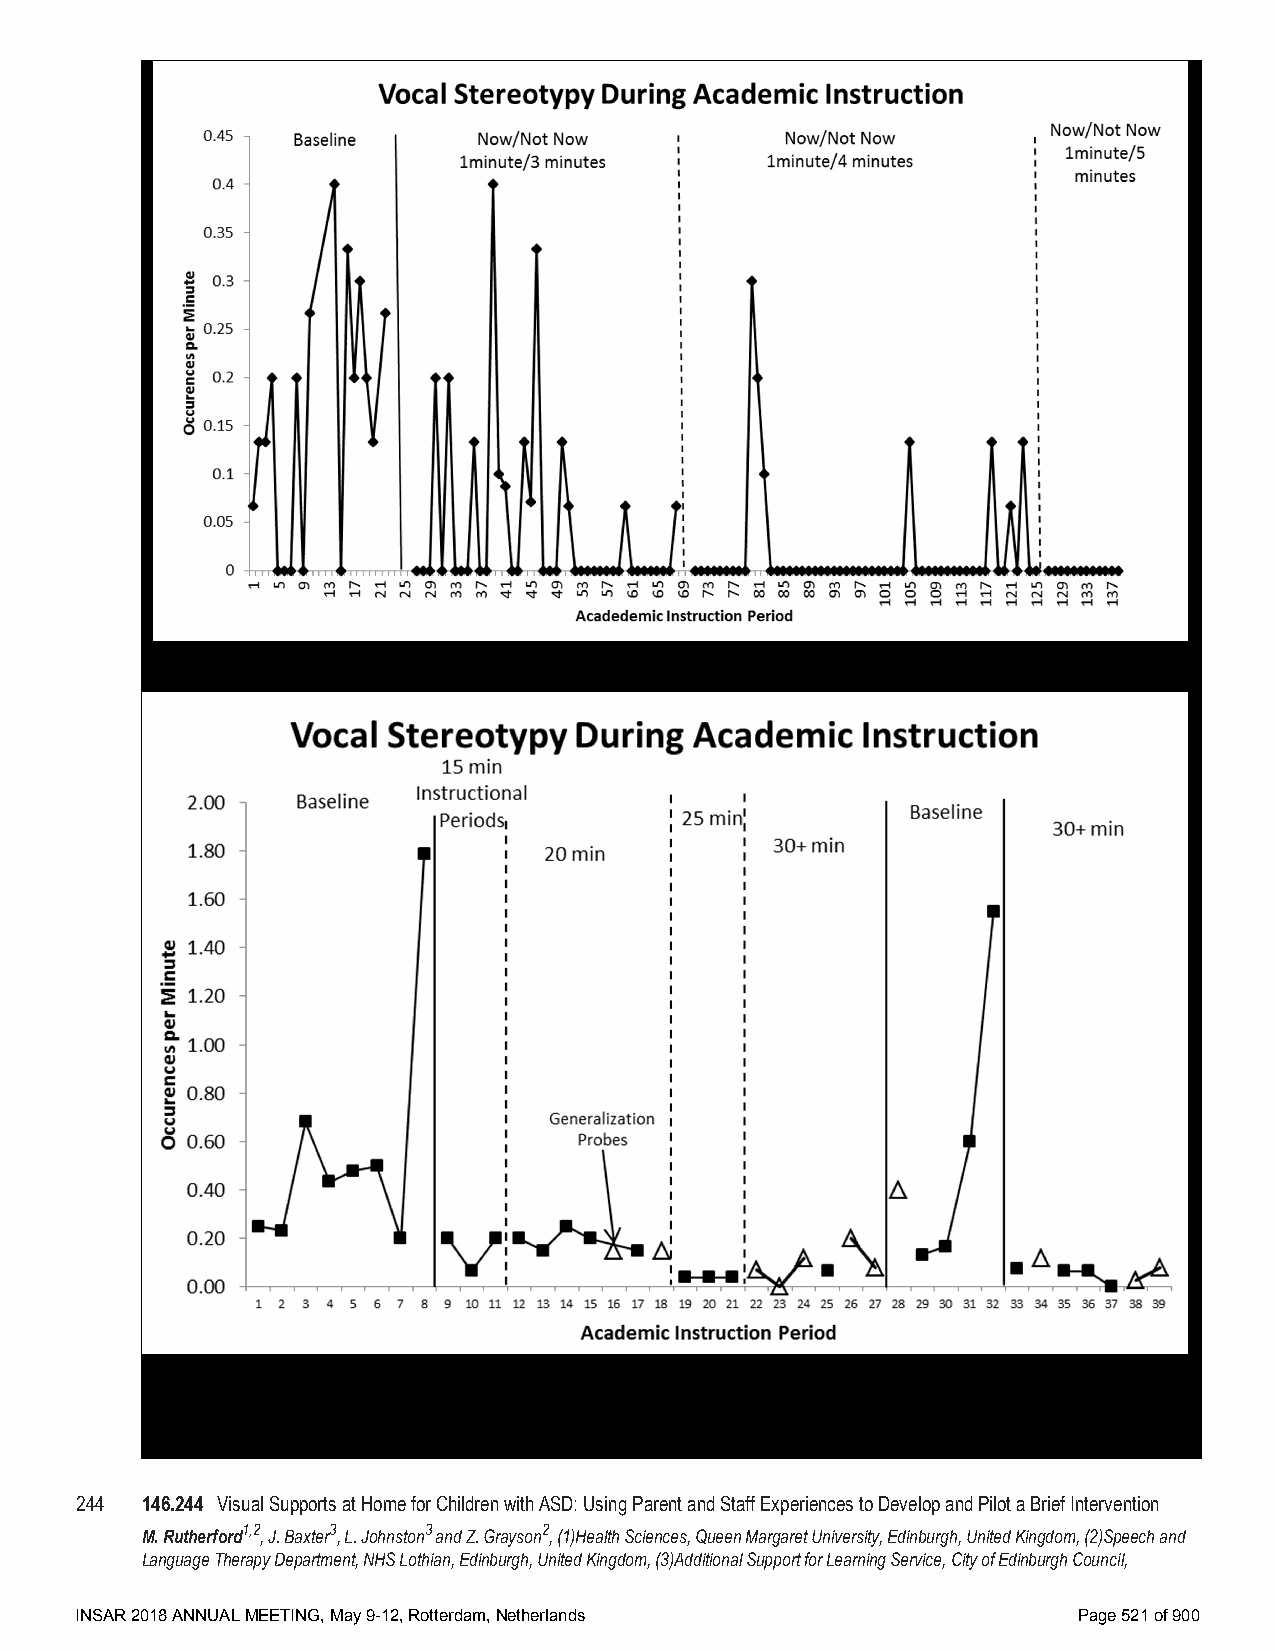
244 146.244 Visual Supports at Home for Children with ASD: Using Parent and Staff Experiences to Develop and Pilot a Brief Intervention
 M. Rutherford1,2, J. Baxter3, L. Johnston3 and Z. Grayson2, (1)Health Sciences, Queen Margaret University, Edinburgh, United Kingdom, (2)Speech and
 Language Therapy Department, NHS Lothian, Edinburgh, United Kingdom, (3)Additional Support for Learning Service, City of Edinburgh Council,
 INSAR 2018 ANNUAL MEETING, May 9-12, Rotterdam, Netherlands       Page 521 of 900